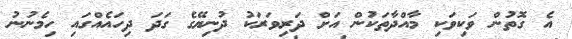
އެ ގޮތުން ވަކިވަކި މާއްދާތަކުން އަށް ދަރިވަރަކު ދުނިޔޭގެ ގަދަ ދިހައެއްގައި ހިމެނުނު